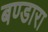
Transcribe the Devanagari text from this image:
बण्डारा